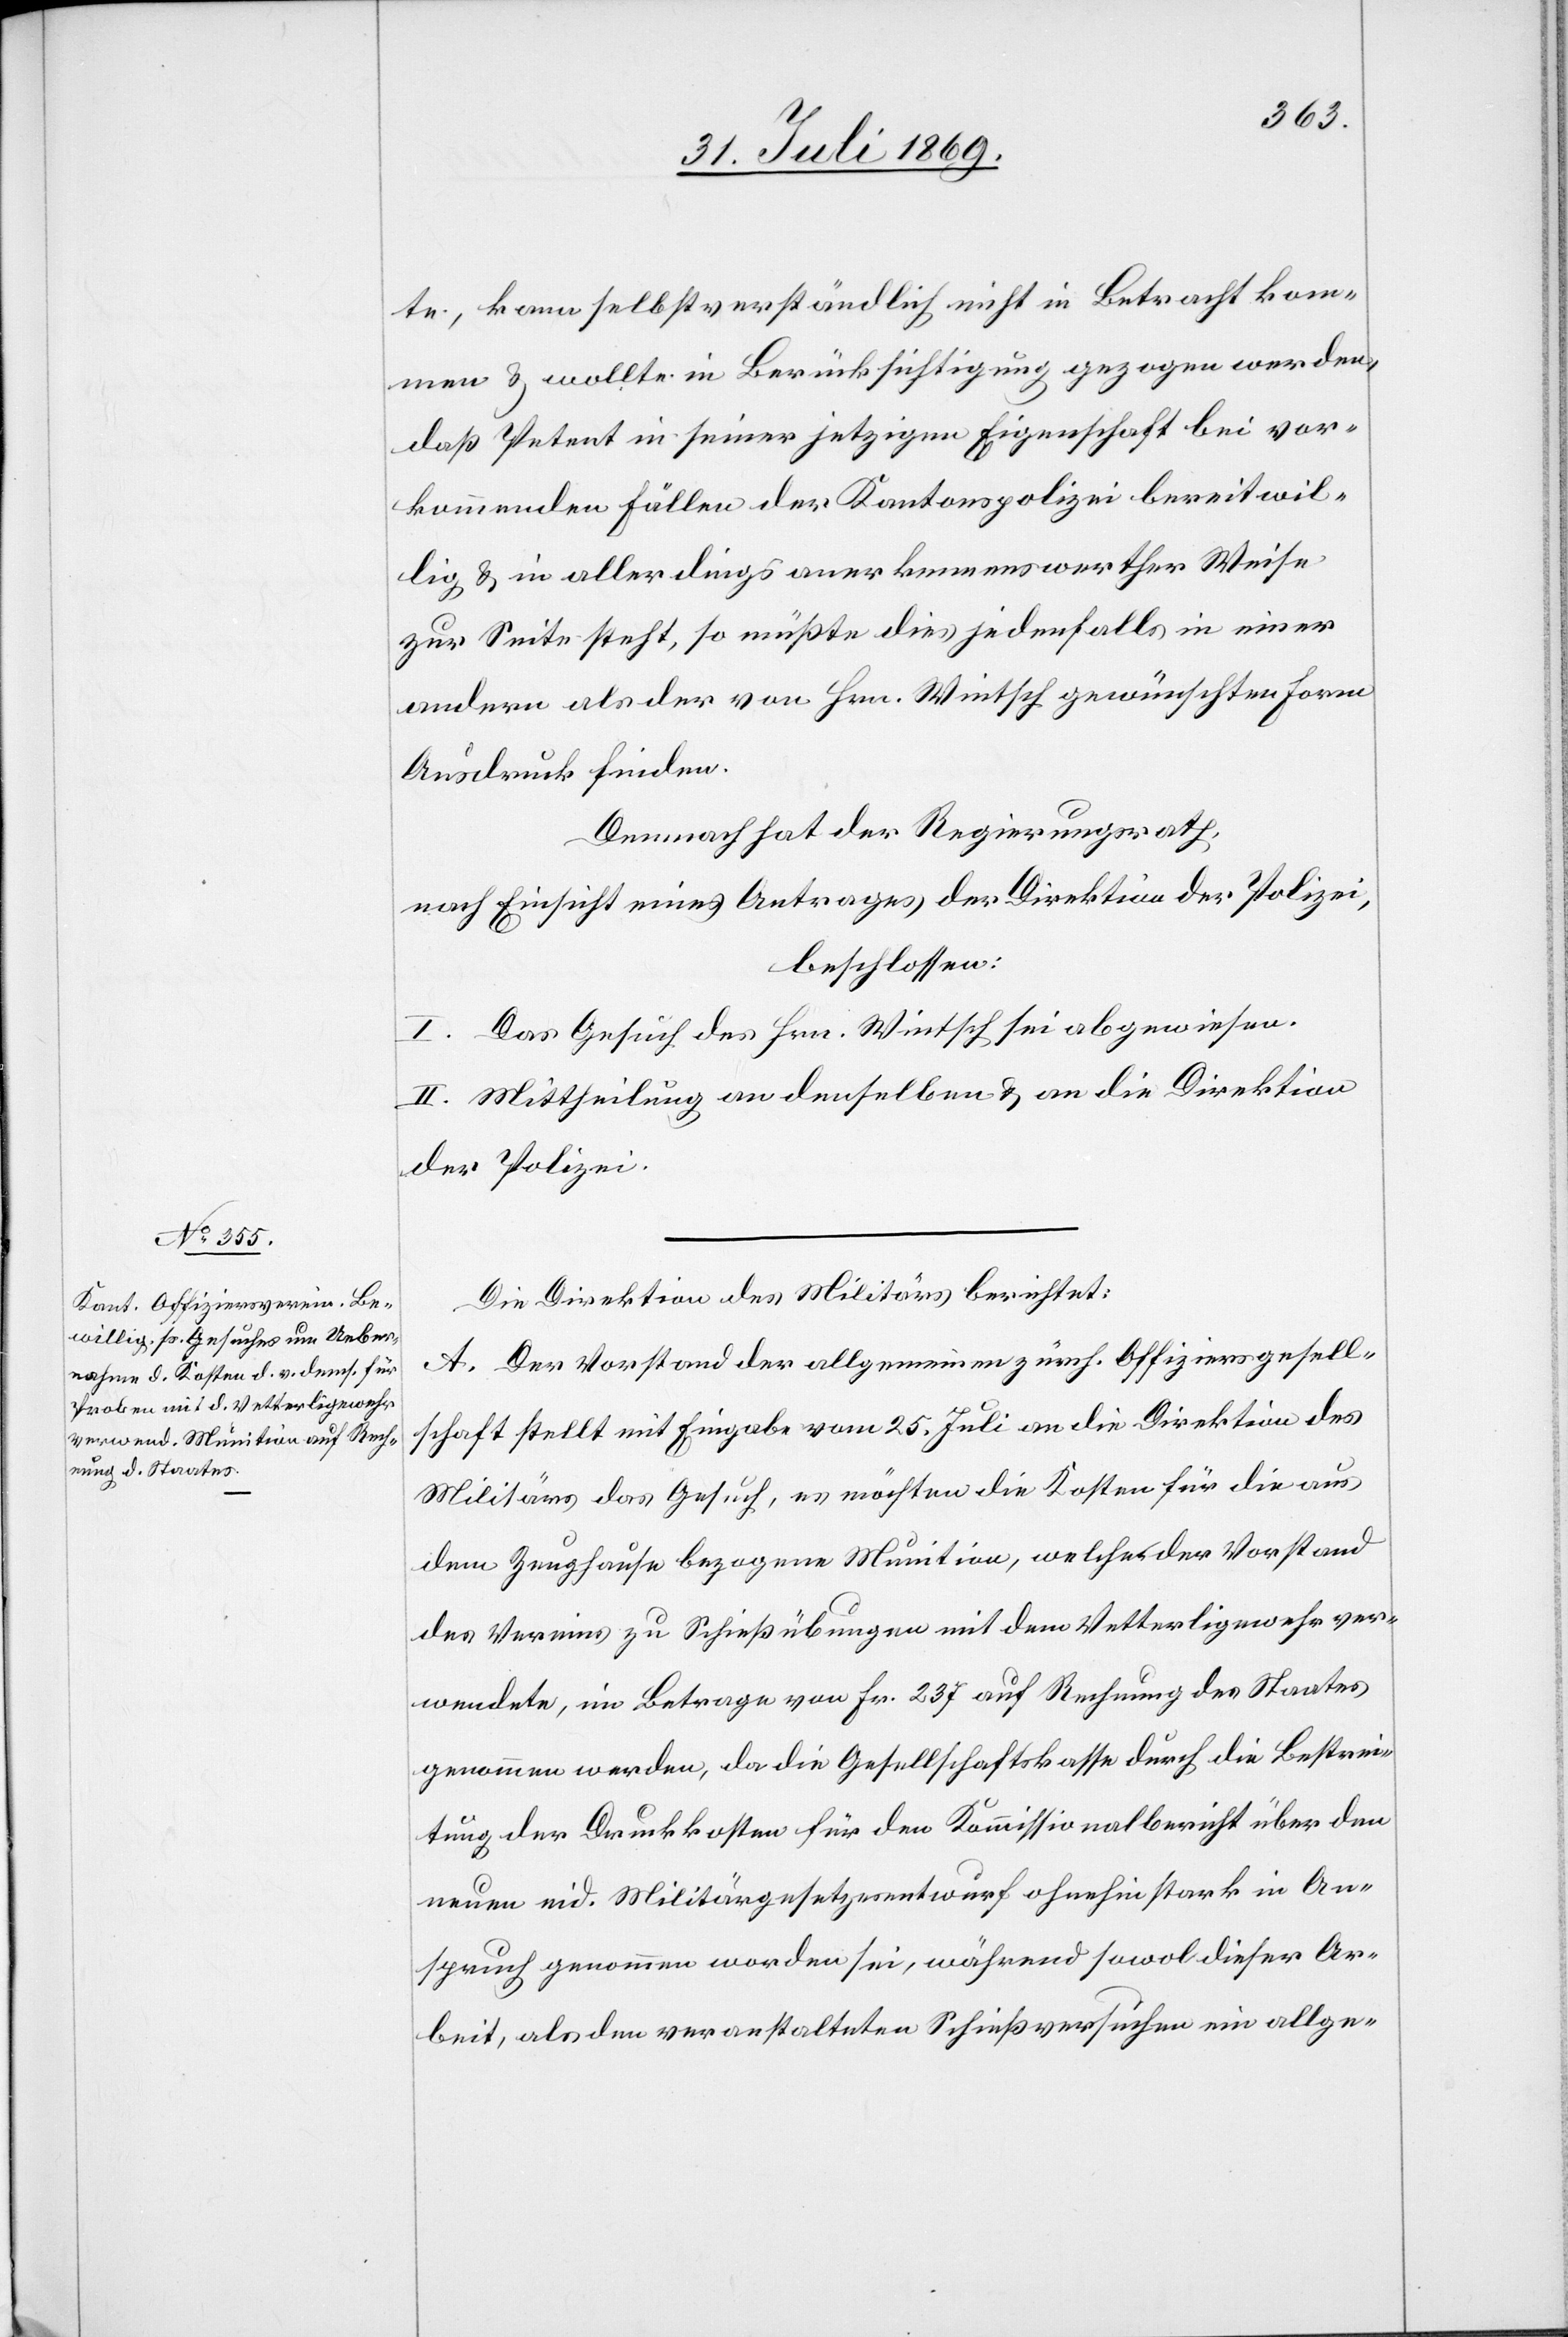
te, kann selbstverständlich nicht in Betracht kom¬
men u. wollte in Berücksichtigung gezogen werden,
daß Petent in seiner jetzigen Eigenschaft bei vor¬
kommenden Fällen der Kantonspolizei bereitwil¬
lig u. in allerdings anerkennenswerther Weise
zur Seite steht, so müßte dies jedenfalls in einer
andern als der von Hrn. Wintsch gewünschten Form
Ausdruck finden.
Demnach hat der Regierungsrath,
nach Einsicht eines Antrages der Direktion der Polizei,
beschlossen:
I. Das Gesuch des Hrn. Wintsch sei abgewiesen.
II. Mittheilung an denselben u. an die Direktion
der Polizei.
Die Direktion des Militärs berichtet:
A. Der Vorstand der allgemeinen zürch. Offiziersgesell¬
schaft stellt mit Eingabe vom 25 Juli an die Direktion des
Militärs das Gesuch, es möchten die Kosten für die aus
dem Zeughause bezogene Munition, welches der Vorstand
des Vereins zu Schießübungen mit dem Vetterligewehr ver¬
wendete, im Betrage von Fr. 237 auf Rechnung des Staates
genommen werden, da die Gesellschaftskasse durch die Bestim¬
mung der Druckkosten für den Kommissionalbericht über den
neuen eid. Militärgesetzesentwurf ohnehin stark in An¬
spruch genommen worden sei, während sowol dieser Ar¬
beit, als den veranstalteten Schießversuchen ein allge-